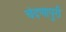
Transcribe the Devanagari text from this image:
चंदणापुरी